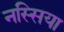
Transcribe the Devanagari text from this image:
नस्सिया